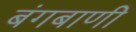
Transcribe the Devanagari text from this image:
बंगबाणी